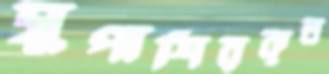
সুপাশিরকৃত